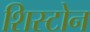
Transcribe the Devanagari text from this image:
शिस्टोन